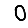
Digit: 0